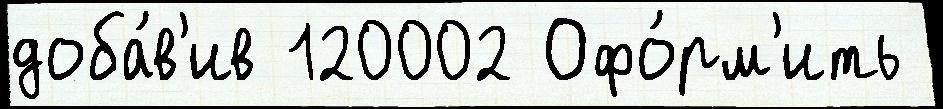
доба́в'ив 120002 Офо́рм'ить